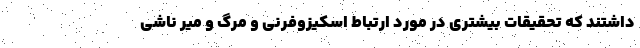
داشتند که تحقیقات بیشتری در مورد ارتباط اسکیزوفرنی و مرگ و میر ناشی